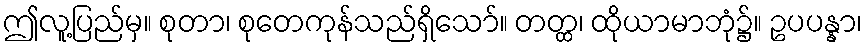
ဤလူ့ပြည်မှ။ စုတာ၊ စုတေကုန်သည်ရှိသော်။ တတ္ထ၊ ထိုယာမာဘုံ၌။ ဥပပန္နာ၊